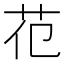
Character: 𦬳